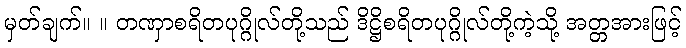
မှတ်ချက်။ ။ တဏှာစရိတပုဂ္ဂိုလ်တို့သည် ဒိဋ္ဌိစရိတပုဂ္ဂိုလ်တို့ကဲ့သို့ အတ္တအားဖြင့်